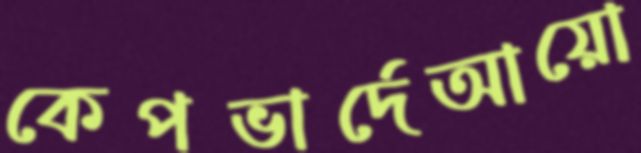
কেপভার্দেআয়ো